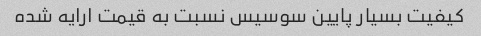
کیفیت بسیار پایین سوسیس نسبت به قیمت ارایه شده